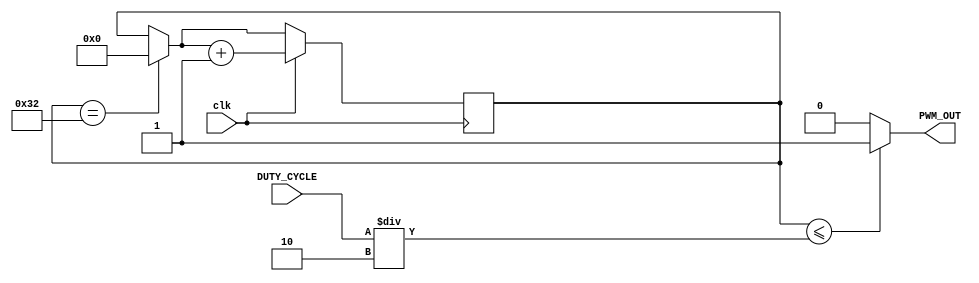


//PWM Generator
//Inputs : Clk, DUTY_CYCLE
//Output : PWM_OUT

//////////////////DO NOT MAKE ANY CHANGES IN MODULE//////////////////

module PWM_Generator(
 
	input clk,             // Clock input
	input [7:0]DUTY_CYCLE, // Input Duty Cycle
	output PWM_OUT         // Output PWM
);
 
////////////////////////WRITE YOUR CODE FROM HERE////////////////////
reg [7:0] count=0;

reg out=1;
always@(posedge clk) begin
		if(count==50)begin
				count=0;
				end		
      if(clk==1) begin
		    count=count+1;
			 end			
			
end
assign PWM_OUT=(count<=(DUTY_CYCLE/2))?1:0;
////////////////////////YOUR CODE ENDS HERE//////////////////////////
endmodule
///////////////////////////////MODULE ENDS///////////////////////////